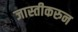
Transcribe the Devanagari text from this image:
जास्तीकरुन